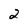
Character: 2